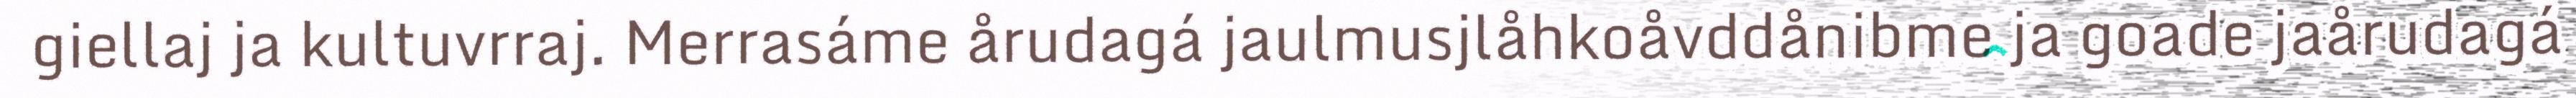
giellaj ja kultuvrraj. Merrasáme årudagá jaulmusjlåhkoåvddånibme ja goade jaårudagá